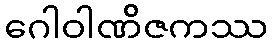
ဂေါဝါဏိဇကဿ